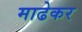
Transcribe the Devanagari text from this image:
माढेकर